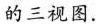
的三视图.